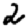
Digit: 2